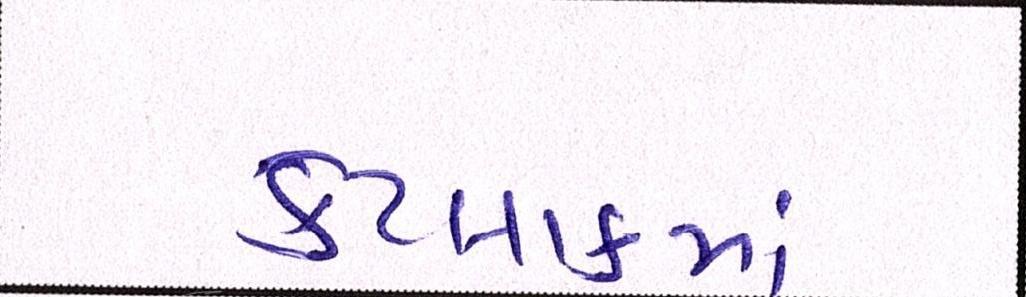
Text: કેટલાકમાં